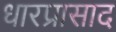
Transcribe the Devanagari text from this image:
धारप्रासाद